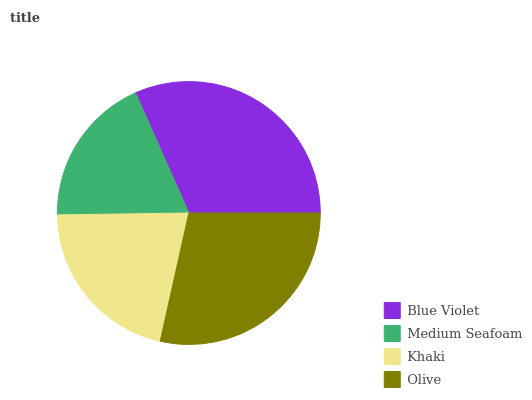
| Blue Violet | Medium Seafoam | Khaki | Olive |
 | --- | --- | --- | --- |
 | 31.6% | 18.6% | 21.3% | 28.5% |